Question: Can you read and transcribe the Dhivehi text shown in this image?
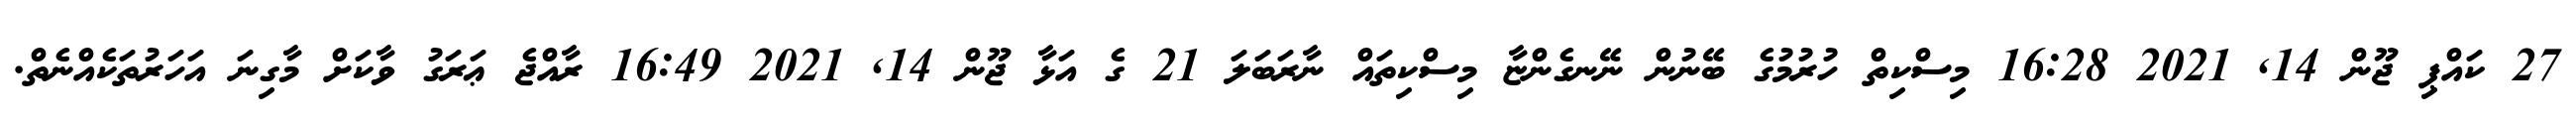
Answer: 27 ކައްޕި ޖޫން 14, 2021 16:28 މިސްކިތް ހުރުމުގެ ބޭނުން ނޭނގެންޏާ މިސްކިތައް ނާރަބަލަ 21 ގެ އަޅާ ޖޫން 14, 2021 16:49 ރާއްޖެ ޢަރަގު ވާކަށް މާގިނަ އަހަރުތަކެއްނެތް.